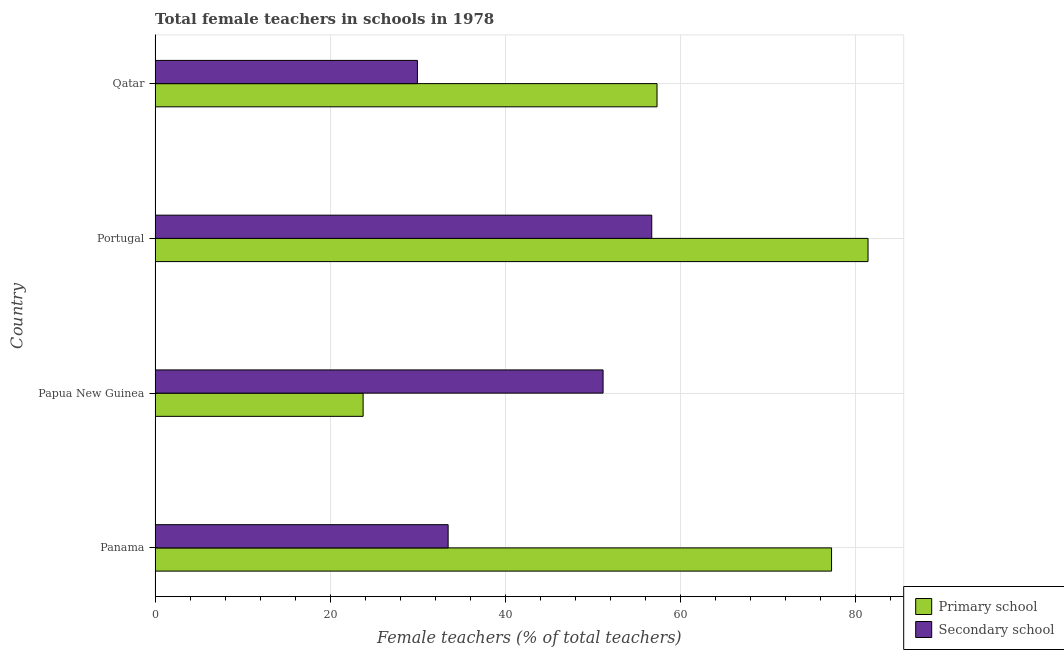
| Country | Primary school | Secondary school |
 | --- | --- | --- |
 | Panama | 77.3 | 33.5 |
 | Papua New Guinea | 23.8 | 51.2 |
 | Portugal | 81.4 | 56.7 |
 | Qatar | 57.3 | 30 |